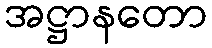
အဋ္ဌာနတော